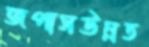
জপাসউন্নত